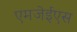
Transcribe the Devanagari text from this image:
एमजेईएस